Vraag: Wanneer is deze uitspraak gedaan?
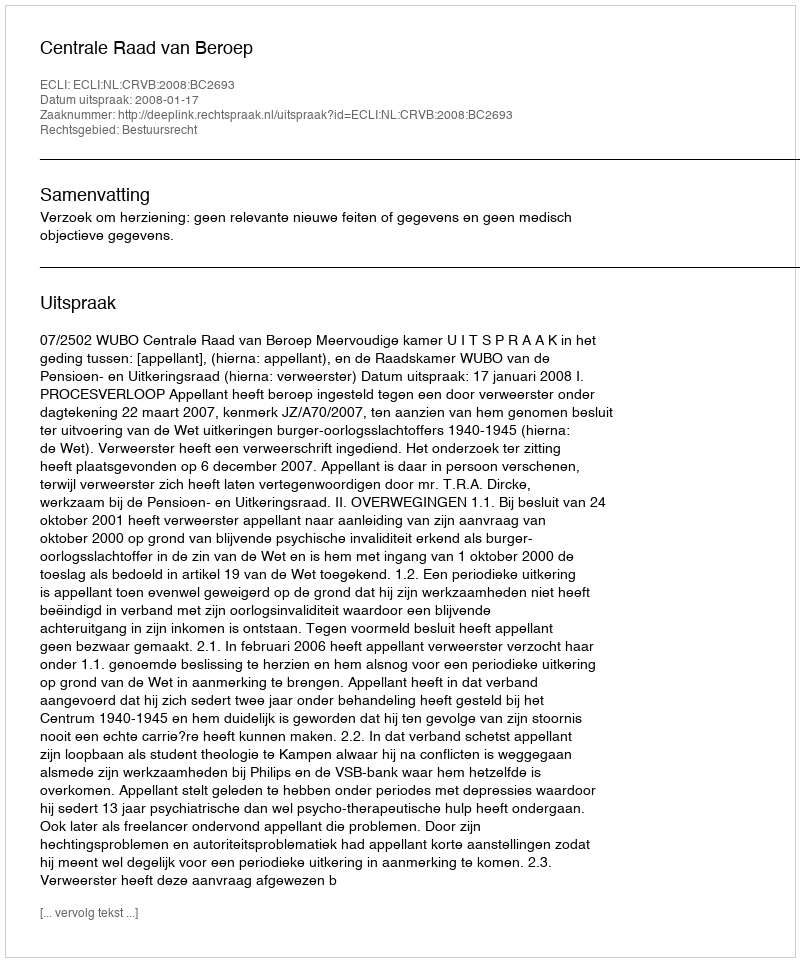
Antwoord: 2008-01-17